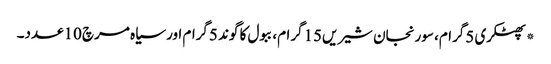
*پھٹکری 5گرام، سورنجان شیریں15گرام، ببول کا گوند 5گرام اور سیاہ مرچ 10عدد۔